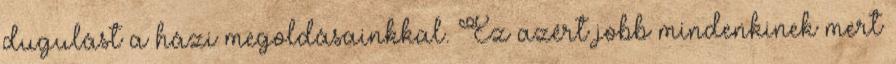
dugulást a házi megoldásainkkal. Ez azért jobb mindenkinek mert